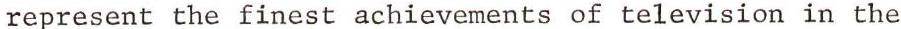
represent the finest achievements of television in the